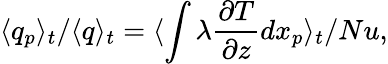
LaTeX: \langle q_{p}\rangle_{t}/\langle q\rangle_{t}=\langle\int{\lambda\frac{\partial T}{\partial z}dx_{p}}\rangle_{t}/Nu,